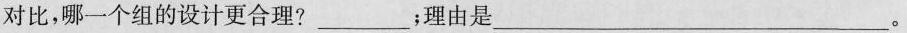
对比，哪一个组的设计更合理?___；理由是___。